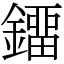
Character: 鐂